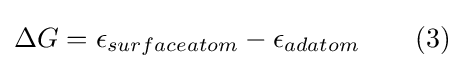
\Delta G=\epsilon _{surfaceatom}-\epsilon _{adatom}\qquad (3)